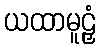
ယထာမူဠှံ